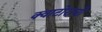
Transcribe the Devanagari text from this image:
क्वाटोराची